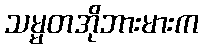
သမ္မတအိုဘားမားက